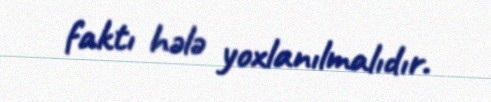
faktı hələ yoxlanılmalıdır.